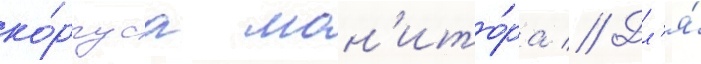
ко́рпуса мон'ито́ра // Дл'я́